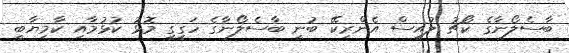
ބާސެލޯނާގެ ކޯޗު ލުއިސް އެންރިކޭ ބުނީ ބާސެލޯނާގެ ހަގީގީ މޮޅު ކުޅުމާއި ކާމިޔާބީ